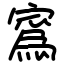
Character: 寪